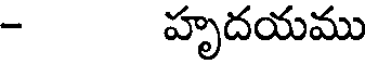
- హృదయము